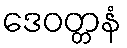
ဒေဝတ္တနံ